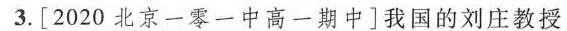
3.[2020北京一零一中高一期中]我国的刘庄教授